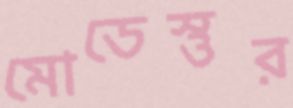
মোডেস্তুর